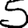
Digit: 5